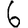
Digit: 6